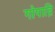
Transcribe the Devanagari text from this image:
गोपाद्रि